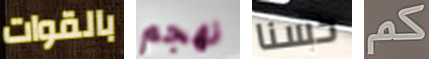
بالقوات نهجم حسنا كم